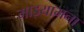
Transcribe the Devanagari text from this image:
माझ्यामना